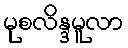
မုစလိန္ဒမူလာ